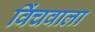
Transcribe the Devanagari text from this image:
विंचवाला